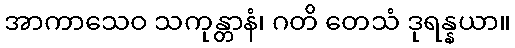
အာကာသေဝ သကုန္တာနံ၊ ဂတိ တေသံ ဒုရန္နယာ။